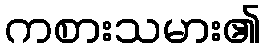
ကစားသမား၏